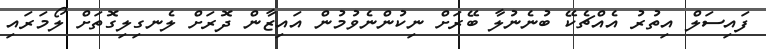
ފައިސަލް އިތުރު އެއްޗެކޭ ބުނެނުލާ ބޭރަށް ނިކުންނެވުމުން އައިޒާން ދޮރަށް ލެނގިލިގޮތަށް ލޯމަރައި